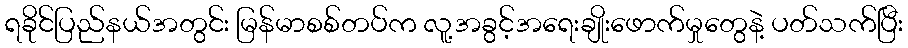
ရခိုင်ပြည်နယ်အတွင်း မြန်မာစစ်တပ်က လူ့အခွင့်အရေးချိုးဖောက်မှုတွေနဲ့ ပတ်သက်ပြီး